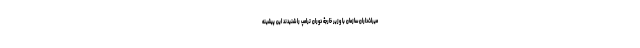
میراث‌داران سازمان با وزیر خارجۀ دوران ترامپ را شنیدند این پیشینه